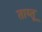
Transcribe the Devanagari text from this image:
ताय्तू